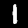
Label: 1